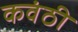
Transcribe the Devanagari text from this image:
कवंठी